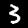
Label: 3